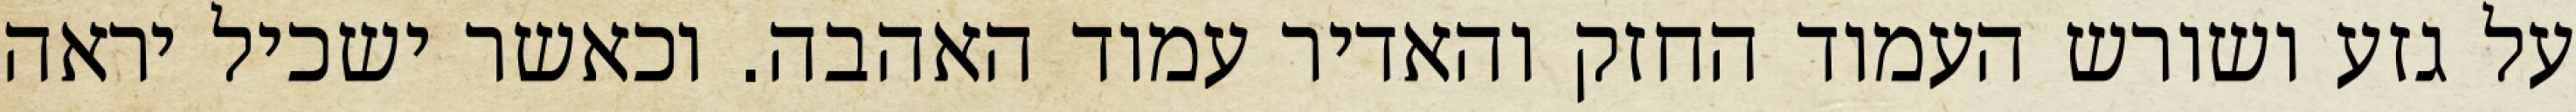
על גזע ושורש העמוד החזק והאדיר עמוד האהבה. וכאשר ישכיל יראה